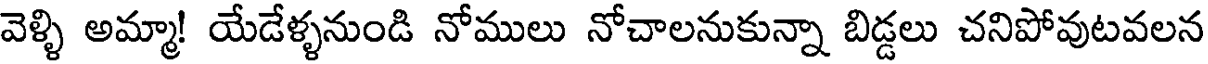
వెళ్ళి అమ్మా! యేడేళ్ళనుండి నోములు నోచాలనుకున్నా బిడ్డలు చనిపోవుటవలన